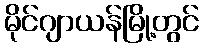
မိုင်ဂျာယန်မြို့တွင်